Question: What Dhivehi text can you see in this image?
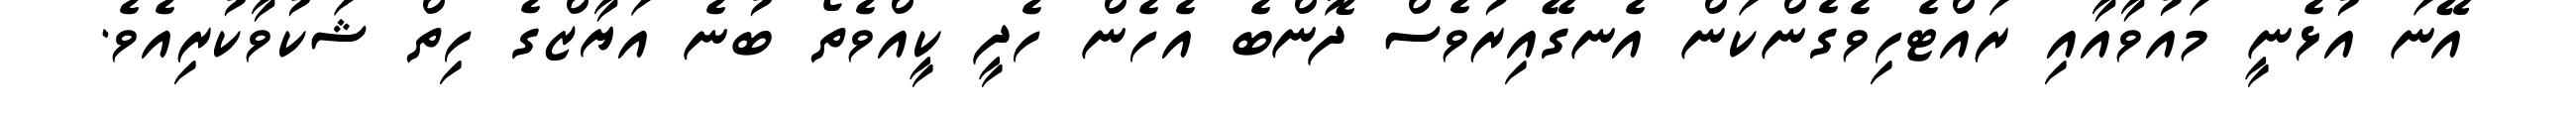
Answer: އޭނަ އުޅެނީ މައުވާއާއި ރައްޓެހިވެގެންކަން އެނގޭއިރުވެސް ދޮންބެ އެހެން ހެދީ ކީއްވެތޯ ބުނެ އަޔާޒްގެ ހިތް ޝަކުވާކުރިއެވެ.